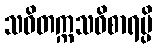
သဝိတက္ကသဝိစာရမ္ပိ